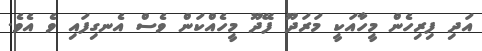
އަދި ފިރިހެން މީހާއަކީ މަރަދޫ ފޭދޫ މީހެއްކަން ވެސް އެނގިފައި ވެ އެވެ.